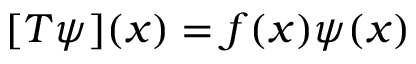
[ T \psi ] ( x ) = f ( x ) \psi ( x )